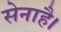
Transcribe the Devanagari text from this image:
सेनाहै।